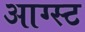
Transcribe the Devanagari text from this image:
आग्‍स्‍ट